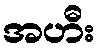
အဟီး